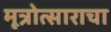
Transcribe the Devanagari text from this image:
मूत्रोत्साराचा